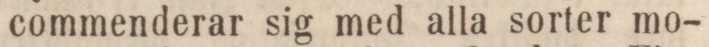
commenderar sig med alla sorter mo-